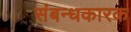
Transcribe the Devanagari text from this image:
संबन्धकारक